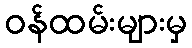
ဝန်ထမ်းများမှ